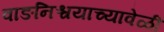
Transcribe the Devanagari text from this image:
वाङनिश्चयाच्यावेळी